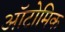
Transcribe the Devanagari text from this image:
ऑटोमिक